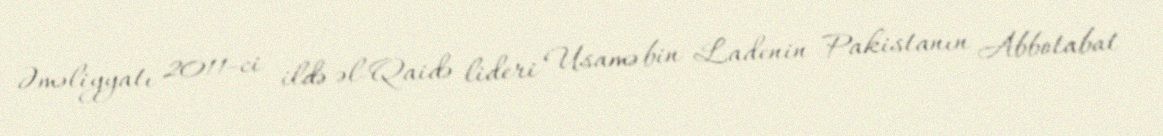
Əməliyyatı 2011-ci ildə əl-Qaidə lideri Usamə bin Ladenin Pakistanın Abbotabat